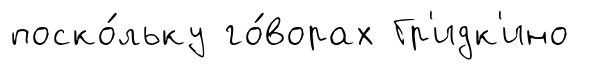
поско́льку го́ворах Гр'идк'ино